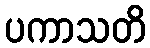
ပကာသတိ